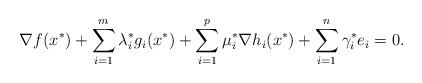
LaTeX: \begin{align*} \nabla f(x^*)+\sum\limits_{i=1}^m\lambda_i^*g_i(x^*)+\sum\limits_{i=1}^p\mu_i^*\nabla h_i(x^*)+\sum\limits_{i=1}^n\gamma_i^*e_i = 0. \end{align*}